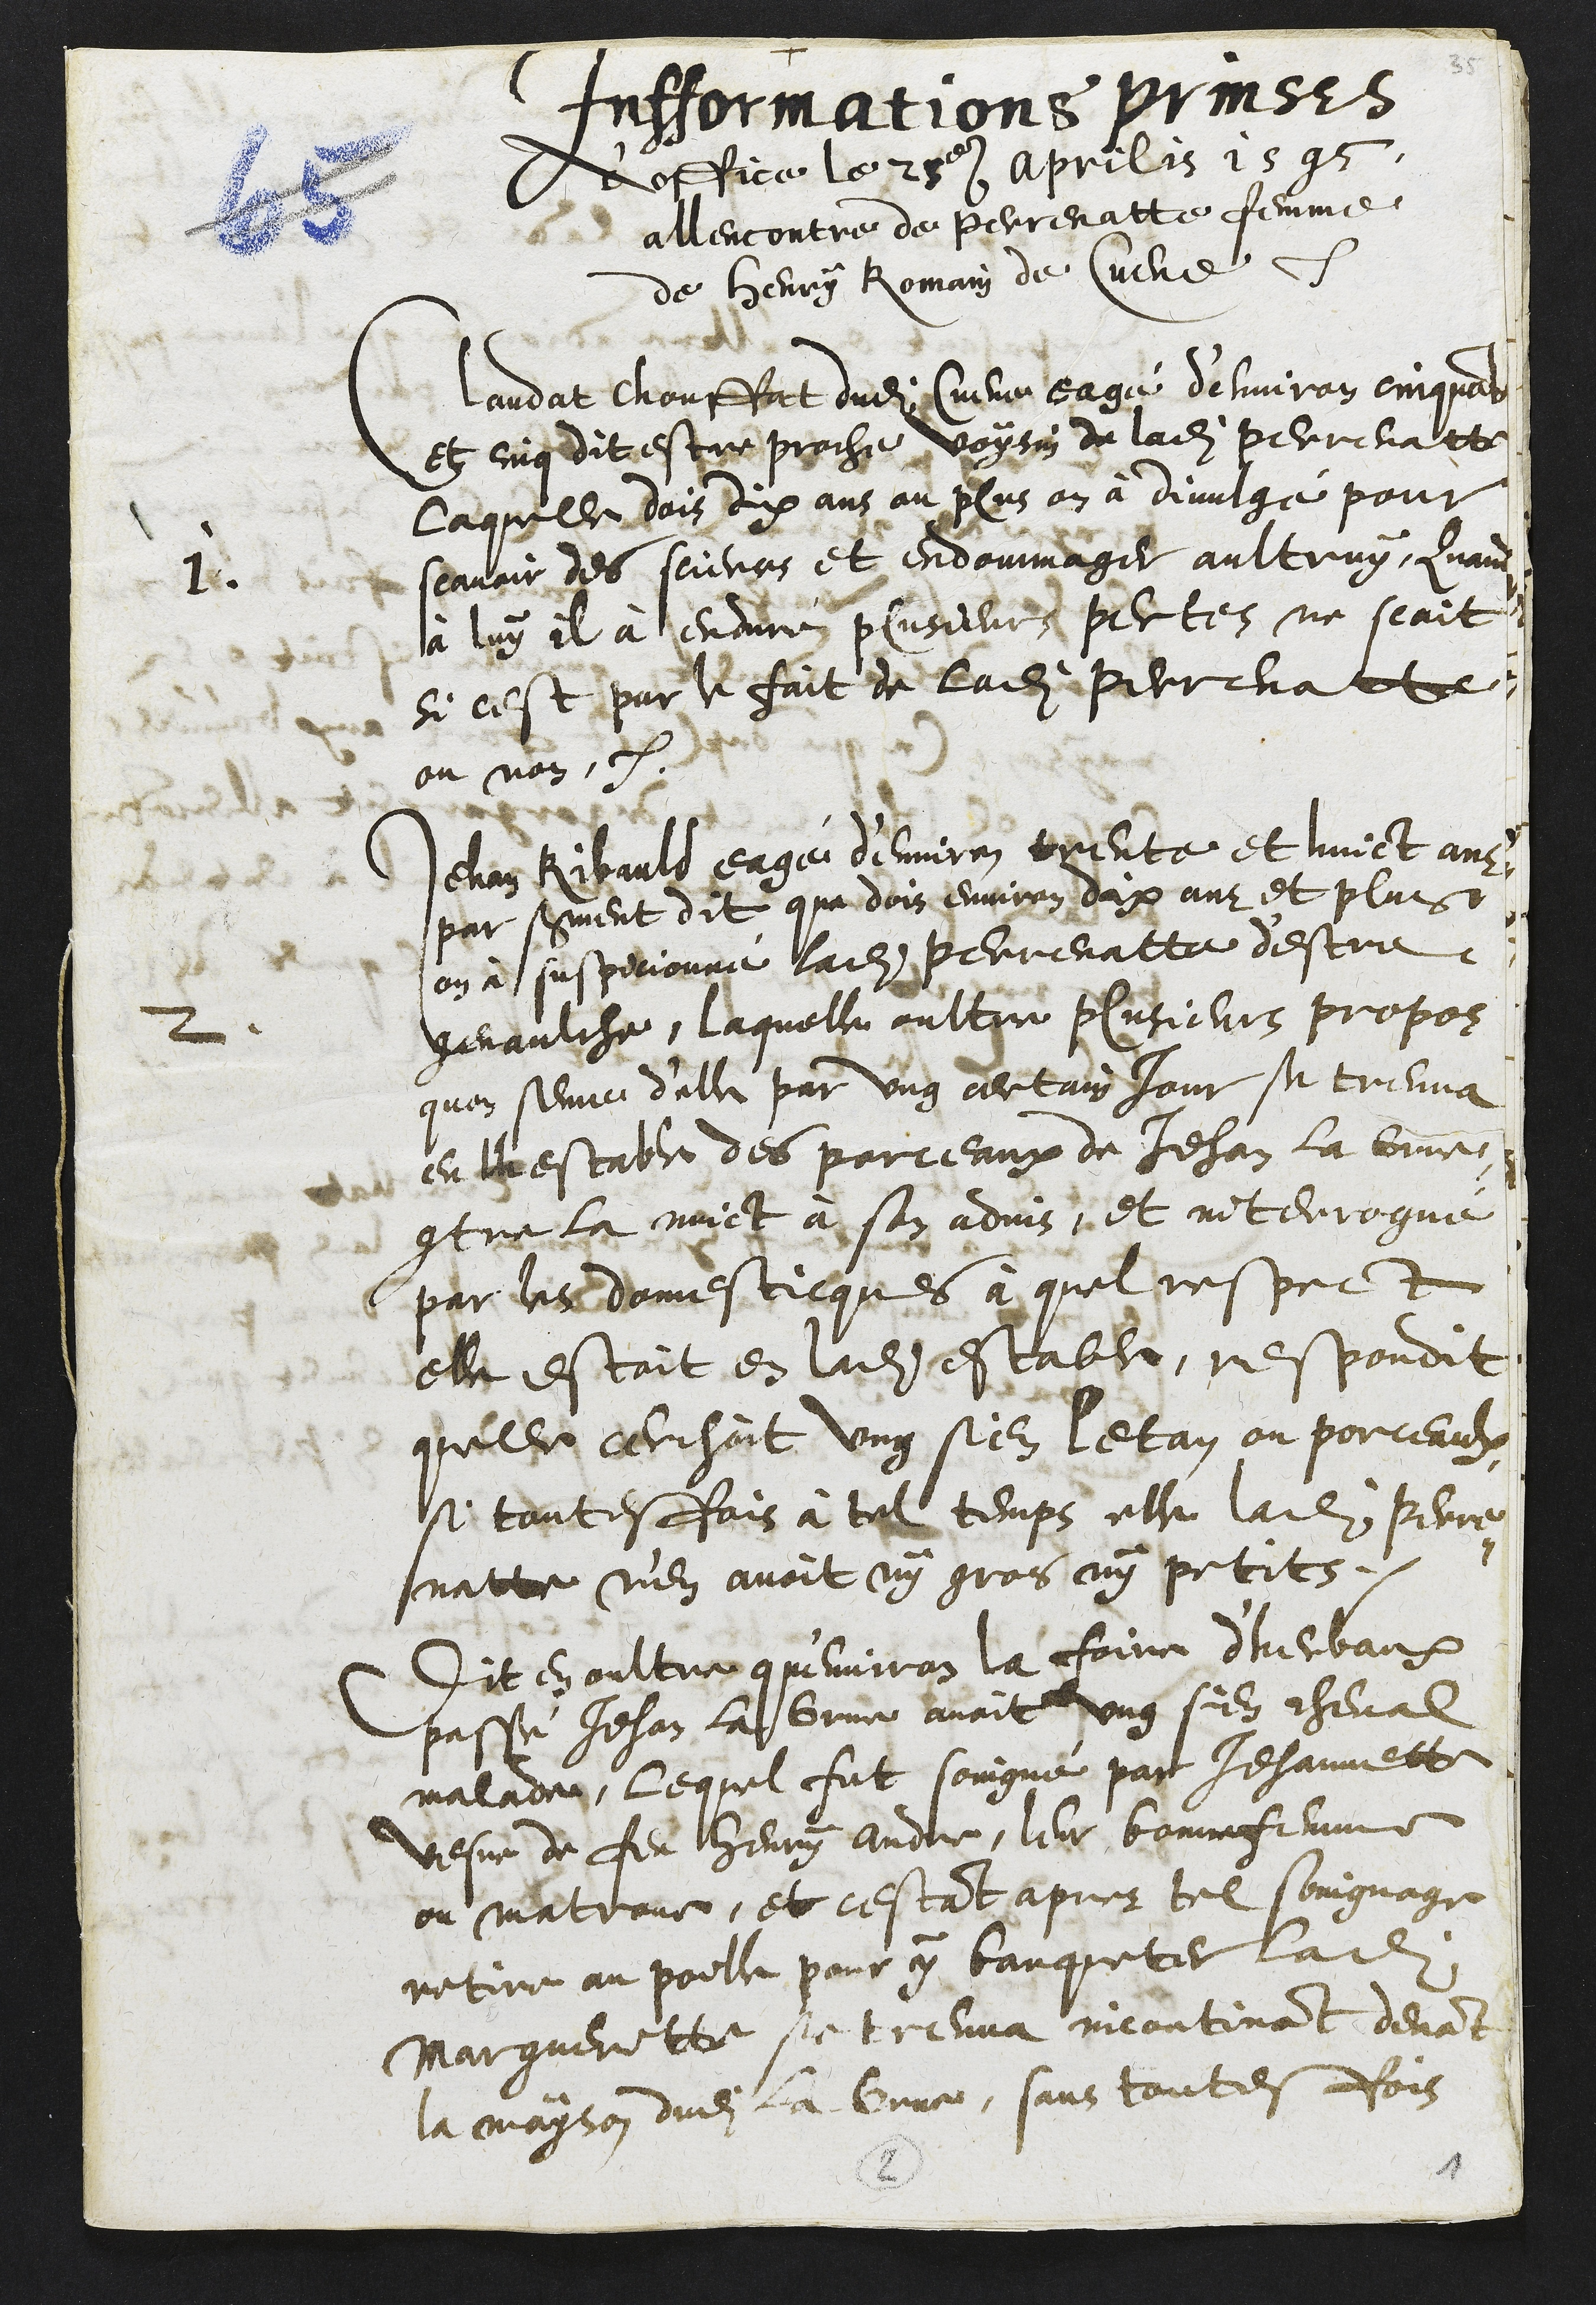
+
Infformations prinses
d'office le 25e aprilis 1595
allencontre de Perrenatte femme
de Henry Romain de Cueve
1.
Claudat Chouffat dudit Cueve eagé d'environ cinquante
et cinq dit estre proche voysin de ladite Perrenatte
laquelle dois dix ans ou plus on à divulgé pour
scavoir des sciences et endommager aultruy, Quand
à luy il à enduré plusieurs pertes ne scait
si cest par le fait de ladite Perrenatte
ou non.
2.
Jehan Ribauld eagé d'environ trente et huict ans
par serment dit que dois environ dix ans et plus
on à suspicionné ladite Perrenatte d'estre
genaulche, laquelle oultre plusieurs propos
quon seme d'elle par ung certain jour se treuva
en l'hestable des porceaux de Jehan la brue
contre la nuict à son advis, et interrogué
par les domesticques à quel respect
elle estoit en ladite estable, respondit
quelle cerchoit ung sien letan ou porceaulx
si touttesfois à tel temps elle ladite Perre¬
natte n'en avoit ny gros ny petits.
Dit en oultre qu'environ la foire d'herbaux
passé Jehan la Brue avoit ung sien cheval
mallade, lequel fut soingné par Jehannette
vesve de feu Henry Andre, leur bonne femme
ou matrone, et cestant apres tel soingnage
retire au poille pour y banqueter ladite
Margueritte se treuva incontinant devant
la mayson dudit la Grue, sans toutesfois
2
1